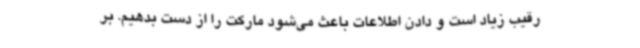
رقیب زیاد است و دادن اطلاعات باعث می‌شود مارکت را از دست بدهیم. بر